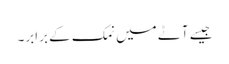
جیسے آٹے میں نمک کے برابر۔